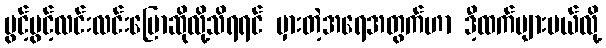
ပွင့်ပွင့်လင်းလင်းပြောဆိုလို့သိရရင် မှားတဲ့အရေအတွက်ဟာ ဒီ့ထက်များမယ်လို့